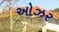
ઓઝર